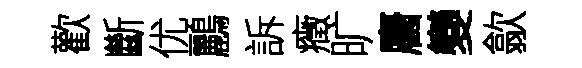
歡斷优鸝訴癥旷麕變歙